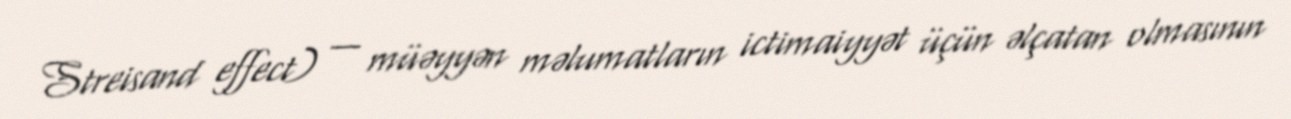
Streisand effect) — müəyyən məlumatların ictimaiyyət üçün əlçatan olmasının